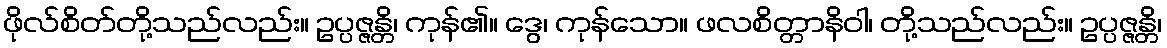
ဖိုလ်စိတ်တို့သည်လည်း။ ဥပ္ပဇ္ဇန္တိ၊ ကုန်၏။ ဒွေ၊ ကုန်သော။ ဖလစိတ္တာနိဝါ၊ တို့သည်လည်း။ ဥပ္ပဇ္ဇန္တိ၊